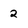
Character: 2